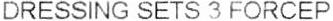
DRESSING SETS 3 FORCEP